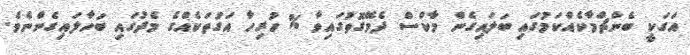
އަގަކީ ބެންޗްމާކެއްކަމުގައި ބަލައިގެން މާކްސް ދެވޭގޮތުގައިވާ % ހުރިހާ އަގުތަކެއްގެ މެދުގައި ބަހާލައިގެންނެވެ.